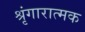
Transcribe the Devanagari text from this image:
श्रृंगारात्मक